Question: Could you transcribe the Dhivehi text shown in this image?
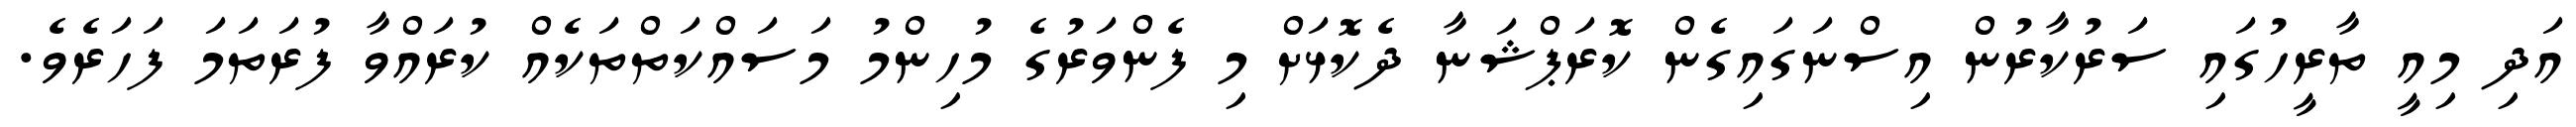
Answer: އަދި މިއީ ތާރީހުގައި ސަރުކާރުން އިސްނަގައިގެން ކޮރަޕްޝަނާ ދެކޮޅަށް މި ފެންވަރުގެ މުހިންމު މަސައްކަތްތަކެއް ކުރައްވާ ފުރަތަމަ ފަހަރެވެ.